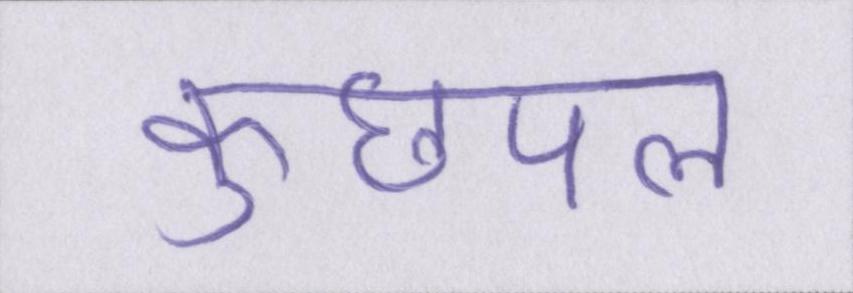
कुछपल